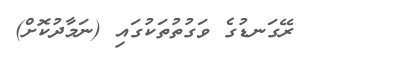
ރޭގަނޑުގެ ވަގުތުތަކުގައި (ނަމާދުކޮށް)